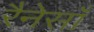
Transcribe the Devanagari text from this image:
रैनेसाँ